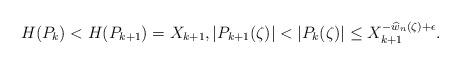
LaTeX: \begin{align*} H(P_{k})<H(P_{k+1})= X_{k+1}, \vert P_{k+1}(\zeta)\vert<\vert P_{k}(\zeta) \vert \leq X_{k+1}^{-\widehat{w}_{n}(\zeta)+\epsilon}.\end{align*}